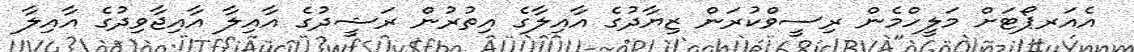
އެއަރޕޯޓަށް މަލީހްމެން ރިސީވްކުރަން ޒިޔާދުގެ އާއިލާގެ އިތުރުން ރަޝީދުގެ އާއިލާ އާއިޖާވިދުގެ އާއިލާ